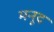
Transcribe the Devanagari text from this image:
मनूद